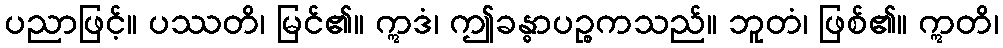
ပညာဖြင့်။ ပဿတိ၊ မြင်၏။ ဣဒံ၊ ဤခန္ဓာပဉ္စကသည်။ ဘူတံ၊ ဖြစ်၏။ ဣတိ၊